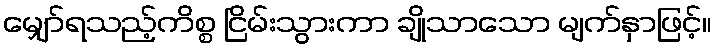
မျှော်ရသည့်ကိစ္စ ငြိမ်းသွားကာ ချိုသာသော မျက်နှာဖြင့်။